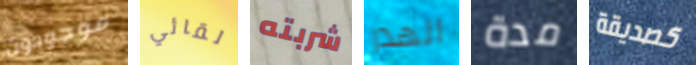
موجودون لقائي شربته الهدر مدة كصديقة